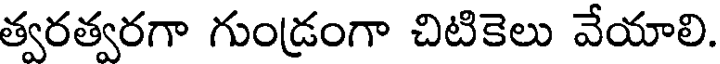
త్వరత్వరగా గుండ్రంగా చిటికెలు వేయాలి.